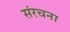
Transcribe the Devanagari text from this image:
संंरचना